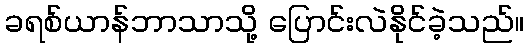
ခရစ်ယာန်ဘာသာသို့ ပြောင်းလဲနိုင်ခဲ့သည်။